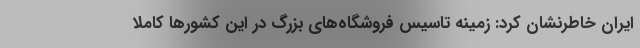
ایران خاطرنشان کرد: زمینه تاسیس فروشگاه‌های بزرگ در این کشورها کاملا